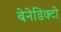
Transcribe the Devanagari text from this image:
बेनेडिक्टो